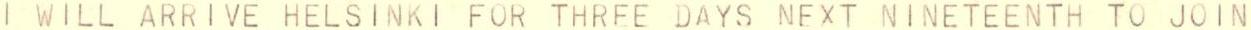
I WILL ARRIVE HELSINKI FOR THREE DAYS NEXT NINETEENTH TO JOIN